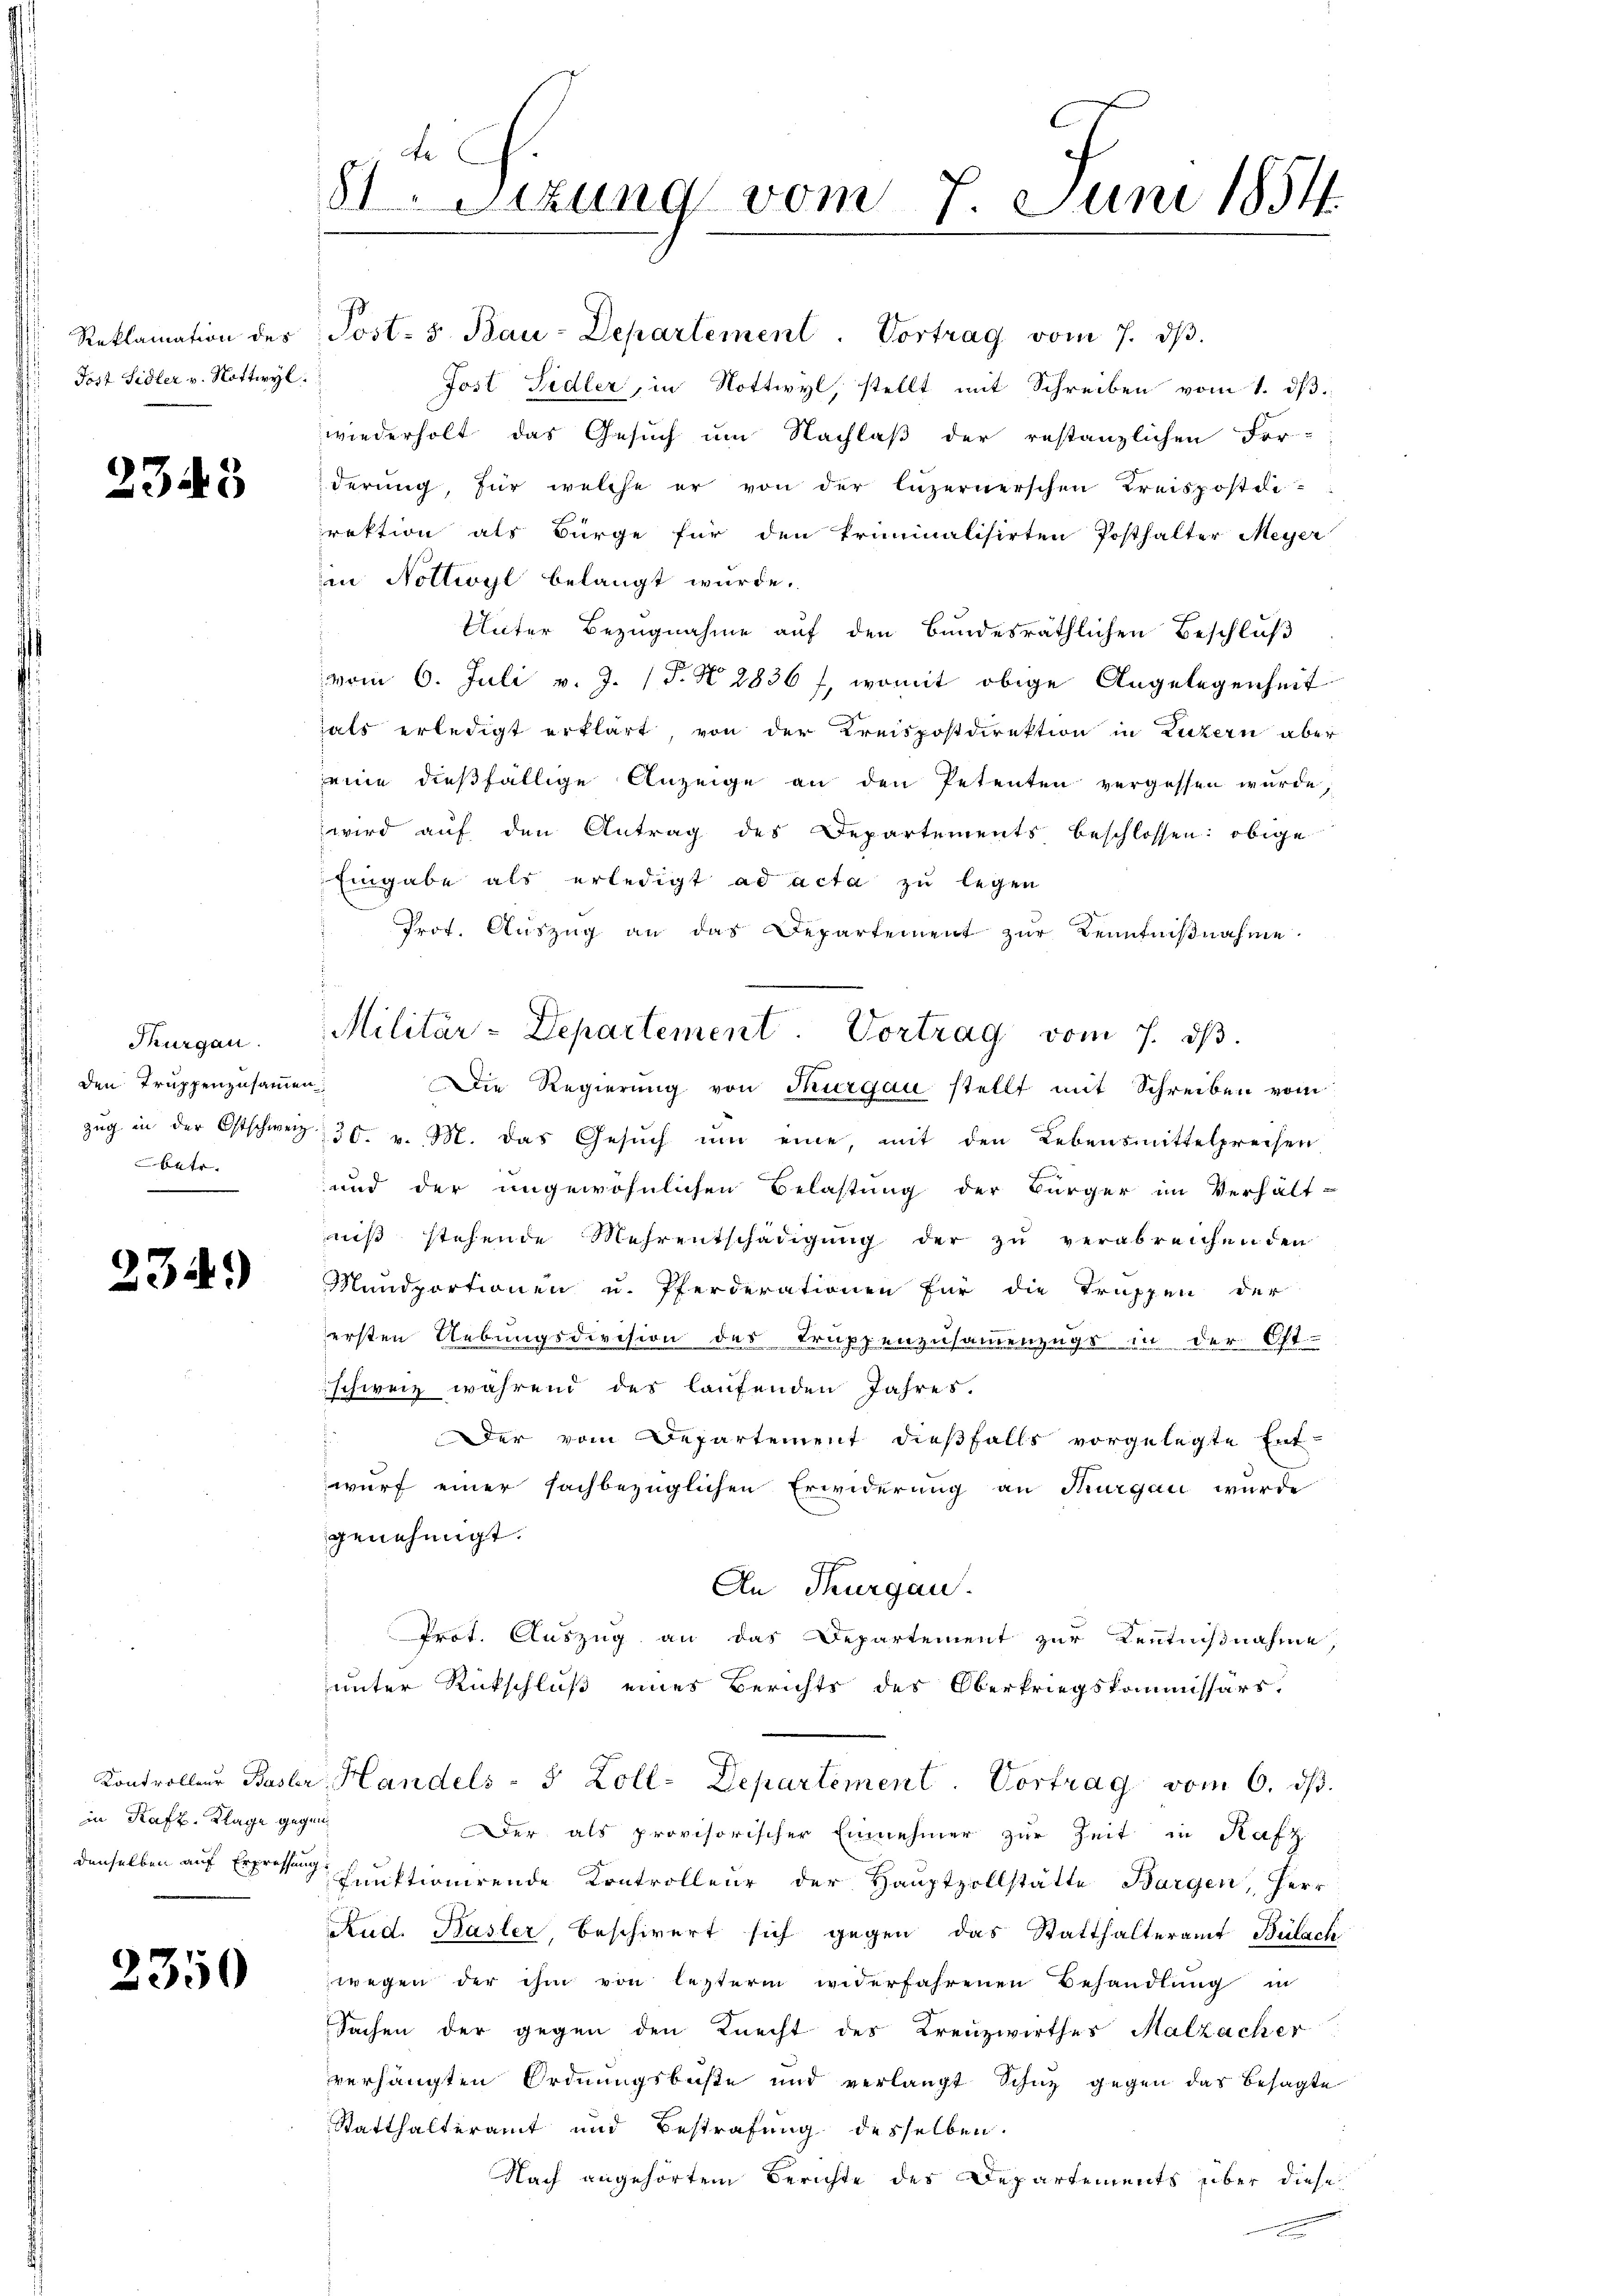
Reklamation des
Tost Sidler v. Nottwyl

.

343

Thurgau.
den Truppenzusammen.
zug in der Ostschweiz
betr.

234.

in Kraft. Klage gegen

2350

81 Setzung vom 7. Juni 1854.

Post- 5. Bau-Departement. Vortrag vom 7. dβ.
Jost Sidler, in Nottwyl, stellt mit Schreiben vom 1. dβ.
wiederholt das Gesuch um Nachlaß der restanzlichen For-
derung, für welche er von der luzernerschen Kreispostelrektion als Bürge für den Priminalisirten Posthalter Meyer
in Nottwyl belangt wurde.
Unter Bezugnahme auf den Bundesräthlichen Beschluß
vom 6. Juli v. J. P. N. 2836 f, womit obige Angelegenheit
hals erledigt erklärt von der Kreispostdirektion in Luzern aber
eie dießfällige Anzeige an den Petenten vergessen wurde,
wird auf den Antrag des Departements beschlossen: obige
Eingabe als erledigt ad acta zu legen
Prot. Auszug an das Departement zur Kenntnißnahme
Die Regierung von Thurgau stellt mit Schreiben vom
30. v. M. das Gesuch um eine, mit den Lebensmittelpreisen
und der ungewöhnlichen Belastung der Bürger im Verhält-
niß stehende Mehrentschädigung der zu verabreichenden
Mundportionen u. Pferderationen für die Truppen der
ersten Uebungsdivision des Truppenzusammenzugs in der Ost-
schweiz während des laufenden Jahres.
Der vom Departement dießfalls vorgelegte Ent-
wurf einer sachbezüglichen Erwiderung an Thurgau wurde
genehmigt.
An Thurgau
Prot. Auszug an das Departement zur Kenntnißnahme,
unter Rückschluß eines Berichts des Oberkriegskommissärs.
Kontroller Basler Handels - 5 Zoll-Departement. Vortrag vom 6. ds.
Der als provisorischer Einnehmer zur Zeit in Rafz
denselben auf Erpressen Funktionirende Kontrolleur der Hauptzollstätte Bargen, Herr
Rud. Basler, beschwert sich gegen das Statthalteramt Bülach
wegen der ihm von lezterm widerfahrenen Behandlung in
Sachen der gegen den Knecht des Kreuzwirthes Malzacher
verhängten Ordnungsbeste und verlangt Schaz gegen das besagte
Statthalteramt und Bestrafung desselben.
Nach angehörtem Berichte des Departements über diese

Militär-Departement. Vortrag vom 7. dβ.

.